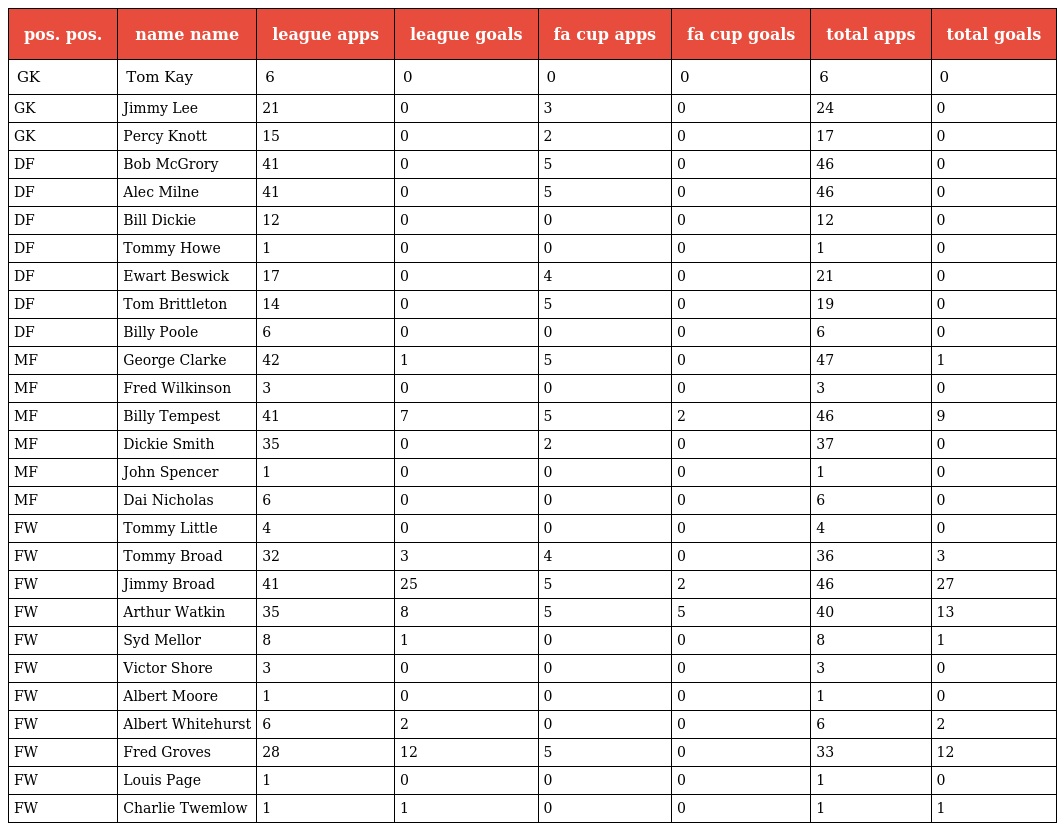
| pos. pos. | name name | league apps | league goals | fa cup apps | fa cup goals | total apps | total goals |
 | --- | --- | --- | --- | --- | --- | --- | --- |
 | GK | Tom Kay | 6 | 0 | 0 | 0 | 6 | 0 |
 | GK | Jimmy Lee | 21 | 0 | 3 | 0 | 24 | 0 |
 | GK | Percy Knott | 15 | 0 | 2 | 0 | 17 | 0 |
 | DF | Bob McGrory | 41 | 0 | 5 | 0 | 46 | 0 |
 | DF | Alec Milne | 41 | 0 | 5 | 0 | 46 | 0 |
 | DF | Bill Dickie | 12 | 0 | 0 | 0 | 12 | 0 |
 | DF | Tommy Howe | 1 | 0 | 0 | 0 | 1 | 0 |
 | DF | Ewart Beswick | 17 | 0 | 4 | 0 | 21 | 0 |
 | DF | Tom Brittleton | 14 | 0 | 5 | 0 | 19 | 0 |
 | DF | Billy Poole | 6 | 0 | 0 | 0 | 6 | 0 |
 | MF | George Clarke | 42 | 1 | 5 | 0 | 47 | 1 |
 | MF | Fred Wilkinson | 3 | 0 | 0 | 0 | 3 | 0 |
 | MF | Billy Tempest | 41 | 7 | 5 | 2 | 46 | 9 |
 | MF | Dickie Smith | 35 | 0 | 2 | 0 | 37 | 0 |
 | MF | John Spencer | 1 | 0 | 0 | 0 | 1 | 0 |
 | MF | Dai Nicholas | 6 | 0 | 0 | 0 | 6 | 0 |
 | FW | Tommy Little | 4 | 0 | 0 | 0 | 4 | 0 |
 | FW | Tommy Broad | 32 | 3 | 4 | 0 | 36 | 3 |
 | FW | Jimmy Broad | 41 | 25 | 5 | 2 | 46 | 27 |
 | FW | Arthur Watkin | 35 | 8 | 5 | 5 | 40 | 13 |
 | FW | Syd Mellor | 8 | 1 | 0 | 0 | 8 | 1 |
 | FW | Victor Shore | 3 | 0 | 0 | 0 | 3 | 0 |
 | FW | Albert Moore | 1 | 0 | 0 | 0 | 1 | 0 |
 | FW | Albert Whitehurst | 6 | 2 | 0 | 0 | 6 | 2 |
 | FW | Fred Groves | 28 | 12 | 5 | 0 | 33 | 12 |
 | FW | Louis Page | 1 | 0 | 0 | 0 | 1 | 0 |
 | FW | Charlie Twemlow | 1 | 1 | 0 | 0 | 1 | 1 |